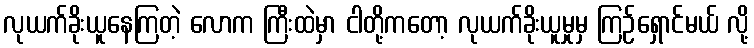
လုယက်ခိုးယူနေကြတဲ့ လောက ကြီးထဲမှာ ငါတို့ကတော့ လုယက်ခိုးယူမှုမှ ကြဉ်ရှောင်မယ် လို့